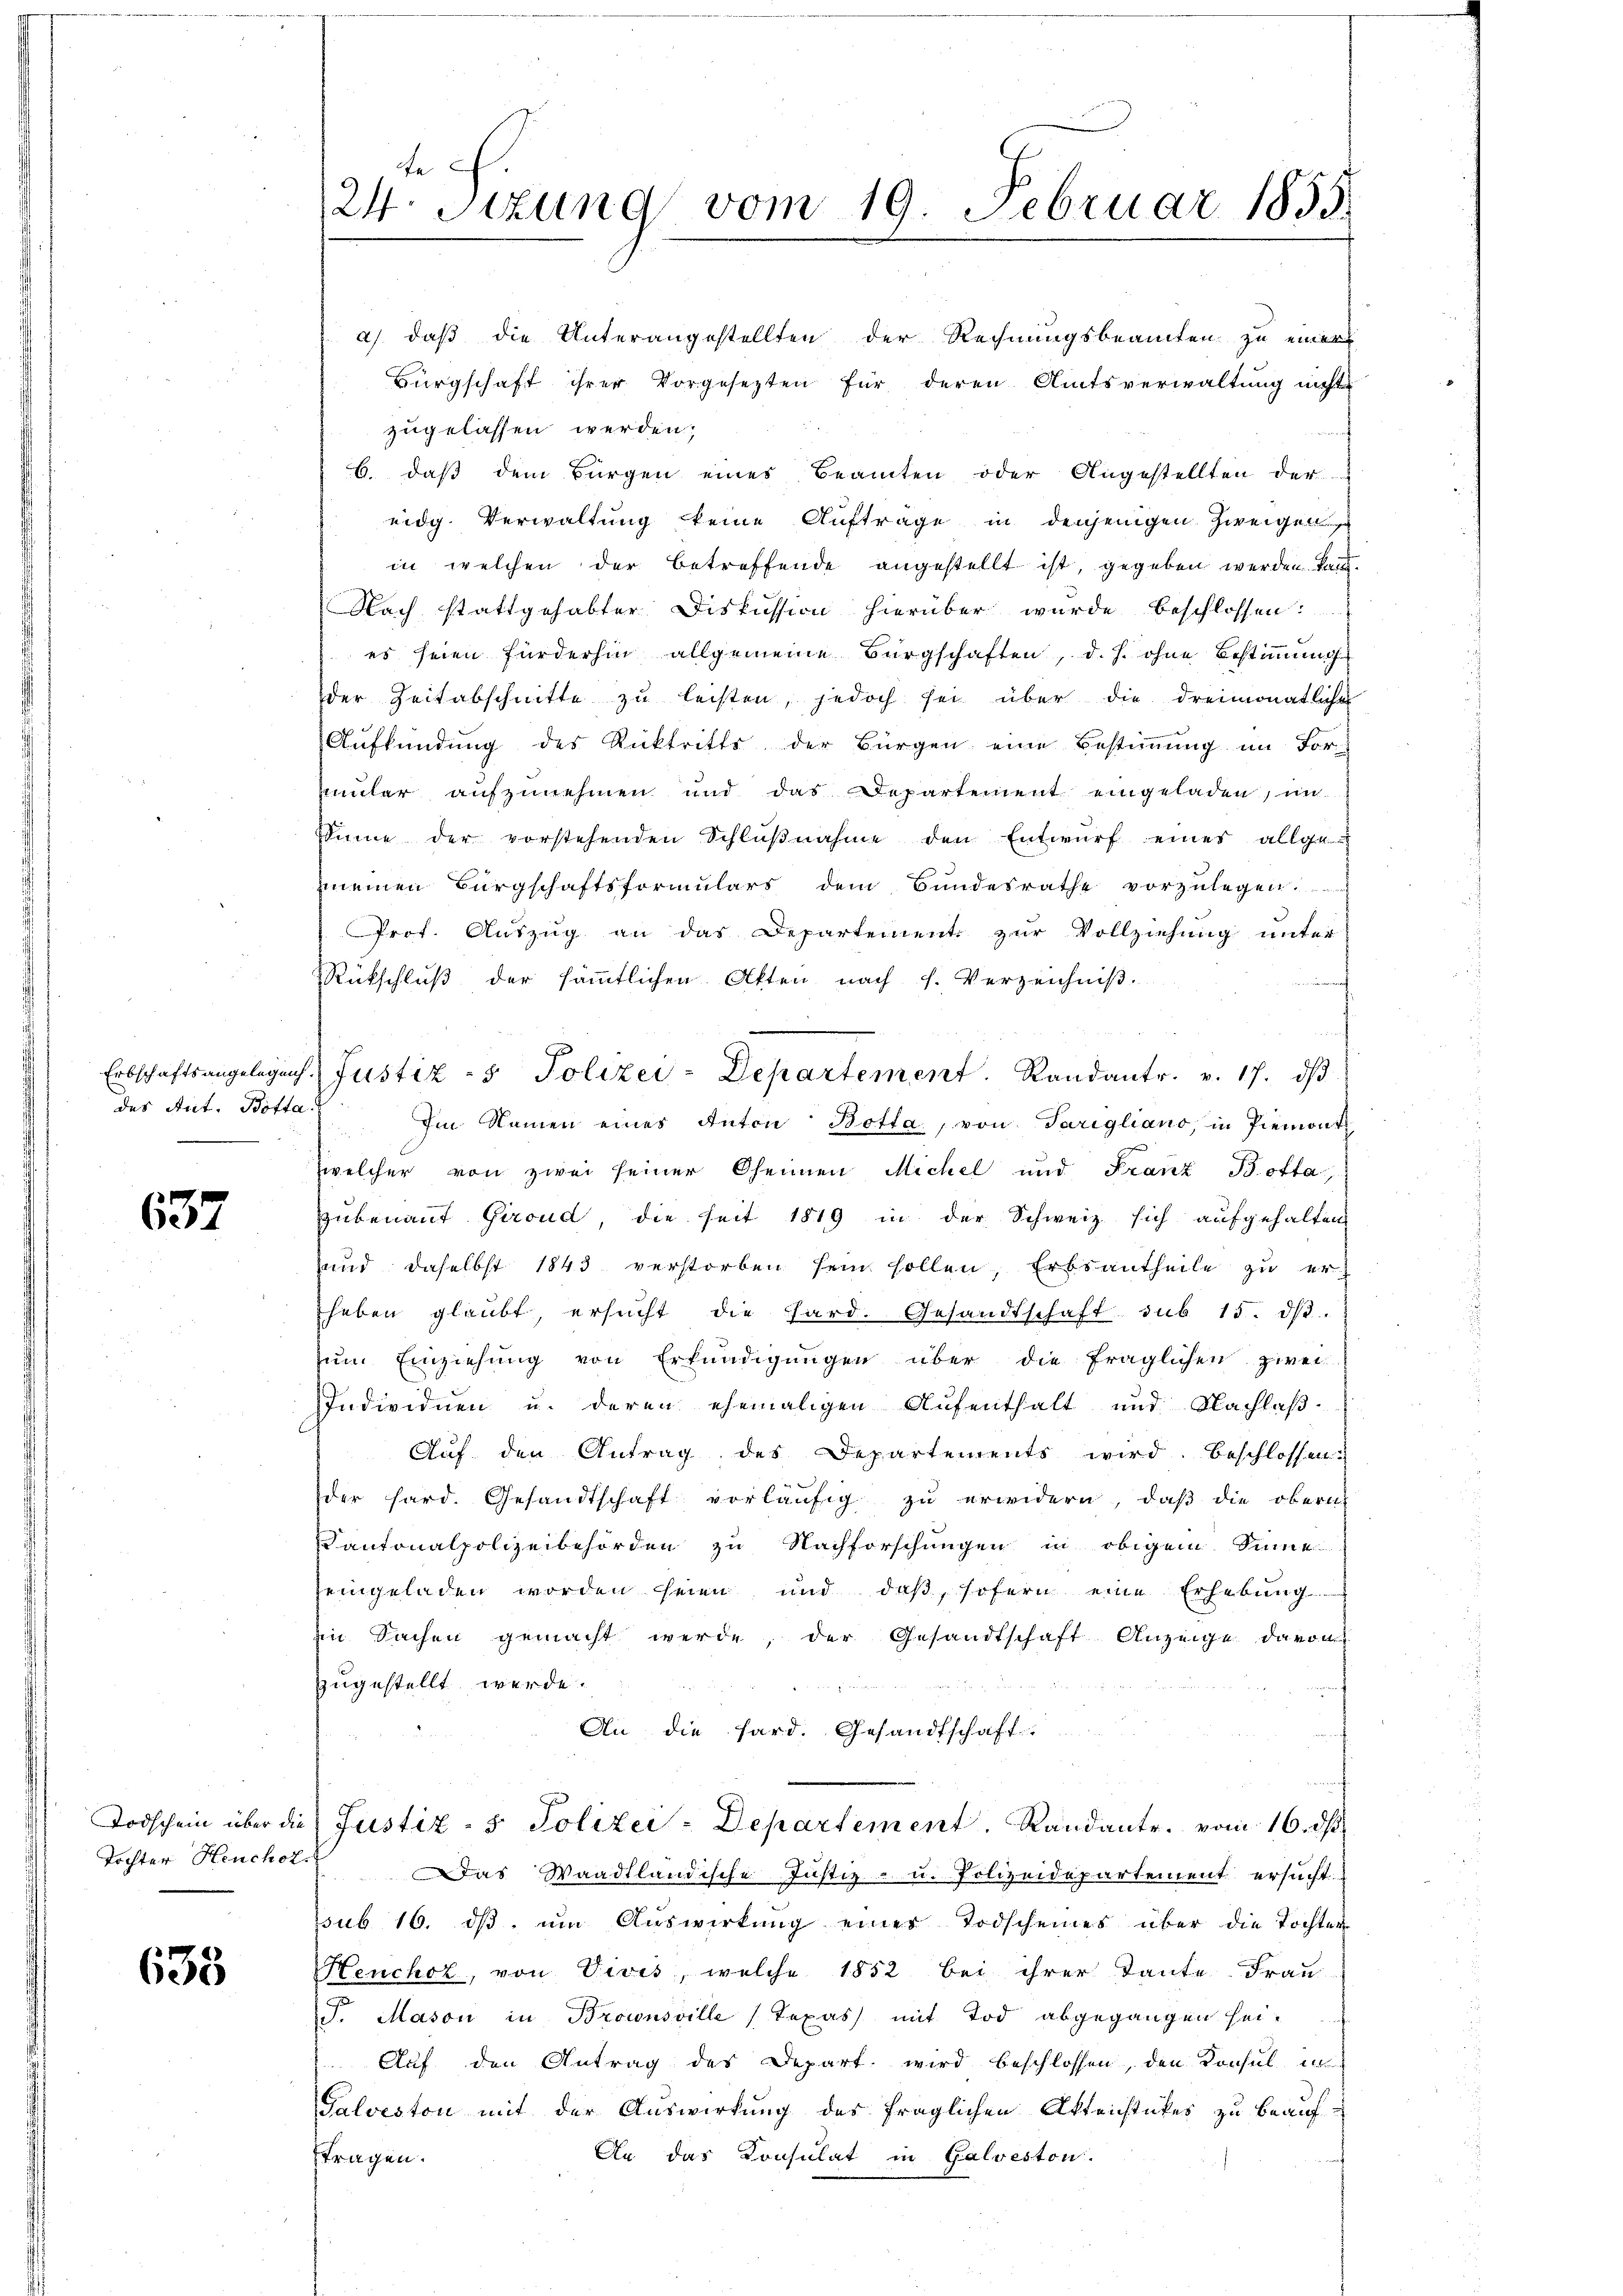
des Ant. Botta.

637

635

24. Sitzung vom 19. Februar 1855.

a) daß die Unterangestellten der Rechnungsbeamten zu einer
Bürgschaft ihrer Vorgesezten für deren Amtsverwaltung nicht
zugelassen werden;
6. daß dem Bürgen eines Beamten oder Angestellten der
eidg. Verwaltung keine Aufträge in denjenigen Zweigen
in welchen der betreffende angestellt ist, gegeben werden. Kan¬
Nach stattgehabter Diskussion hierüber wurde beschlossen:
es seien fürderhin allgemeine Bürgschaften, d. h. ohne Bestimmung
der Zeitabschnitte zu leisten, jedoch sei über die dreimonatliche
Aufkündung des Rücktritts der Bürgen eine Bestimmung im For-
Enuler aufzunehmen und das Departement eingeladen, in
Sinne der vorstehenden Schlŭβnahme den Entwŭrf einer allge-
meinen Bürgschaftsformulars dem Bundesrathe vorzŭlegen.
Prof. Auszug an das Departement zur Vollziehung unter
Rückschlŭβ der säṁtlichen Akten nach f. Verzeichniβ.
Erbschaftsangelegens Justiz- & Polizei-Departement. Randantr. v. 17. dβ
Im Namen eines Anton Botta, von Parigliano, in Piemont
welcher von zwei seiner Oheinen Michel und Franz Botta,
Hubenannt Giroud, die seit 1819 in der Schweiz sich aufgehalten
und daselbst 1843 verstorben sein sollen, Erbsantheile zu er
heben glaubt, ersŭcht die Pard. Gesandtschaft sub 15. dβ.
zŭm Einziehung von Erkundigungen über die fraglichen zwei
Individuen u. deren ehemaligen Aufenthalt und Nachlaß
Auf den Antrag des Departements wird. Beschlossen:
der hard. Gesandtschaft vorläufig zu erwidern, daß die obern
Cantonalpolizeibehörden zu Nachforschungen in obigem Sinne
seingeladen worden seien und daβ sofern eine Erhebŭng
Ein Sachen gemacht werde, der Gesandtschaft Anzeige davon
zugestellt werde.
An die fard. Gesandtschaft.
Todschein über die Justiz - 5. Polizei-Departement. Randantr. vom 16. ds.
Tochter Heuchet. Das Waadtländische Justiz- u. Polizeidepartement ersucht.
ssub. 16. dβ ŭm Aŭswirkung einer Todscheines über die Tochter-
Henchor, von Vivis, welche 1852 bei ihrer Tante. Frau
F. Mason in Brownsville (Texas) mit Tod abgegangen hei-
Auf den Antrag des Depart wird beschlossen, den Konsul, a
Galveston mit der Auswirkung des fraglichen Aktenstückes zu beauf¬
An das Konsulat in Galveston.
ftragen.